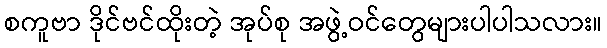
စကူဗာ ဒိုင်ဗင်ထိုးတဲ့ အုပ်စု အဖွဲ့ဝင်တွေများပါပါသလား။